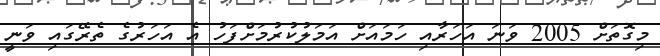
މިގޮތަށް 2005 ވަނަ އަހަރާއި ހަމައަށް އަމަލުކުރުމަށްފަހު އެ އަހަރުގެ ތެރޭގައި ވަނީ